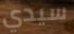
سيدي